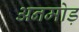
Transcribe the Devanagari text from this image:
अनमोड़